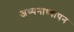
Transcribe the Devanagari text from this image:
अध्यनाध्यापन